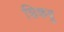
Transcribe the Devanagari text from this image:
शिकवु